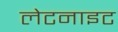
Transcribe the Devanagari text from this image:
लेटनाइट